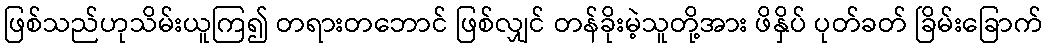
ဖြစ်သည်ဟုသိမ်းယူကြ၍ တရားတဘောင် ဖြစ်လျှင် တန်ခိုးမဲ့သူတို့အား ဖိနှိပ် ပုတ်ခတ် ခြိမ်းခြောက်